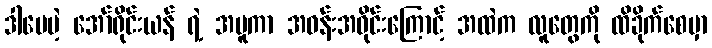
ဒါပေမဲ့ အော်ရိုင်းယန် ရဲ့ အပူကာ အဝန်းအဝိုင်းကြောင့် အထဲက လူတွေကို ထိခိုက်စေမှာ